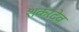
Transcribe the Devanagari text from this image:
शकंरदेव